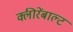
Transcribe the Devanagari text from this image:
क्लीरेंबाल्ट